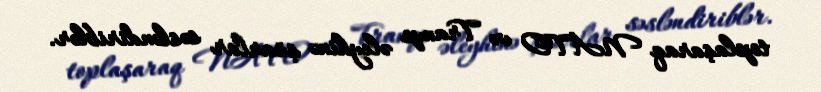
toplaşaraq NATO və Tramp əleyhinə şüarlar səsləndiriblər.